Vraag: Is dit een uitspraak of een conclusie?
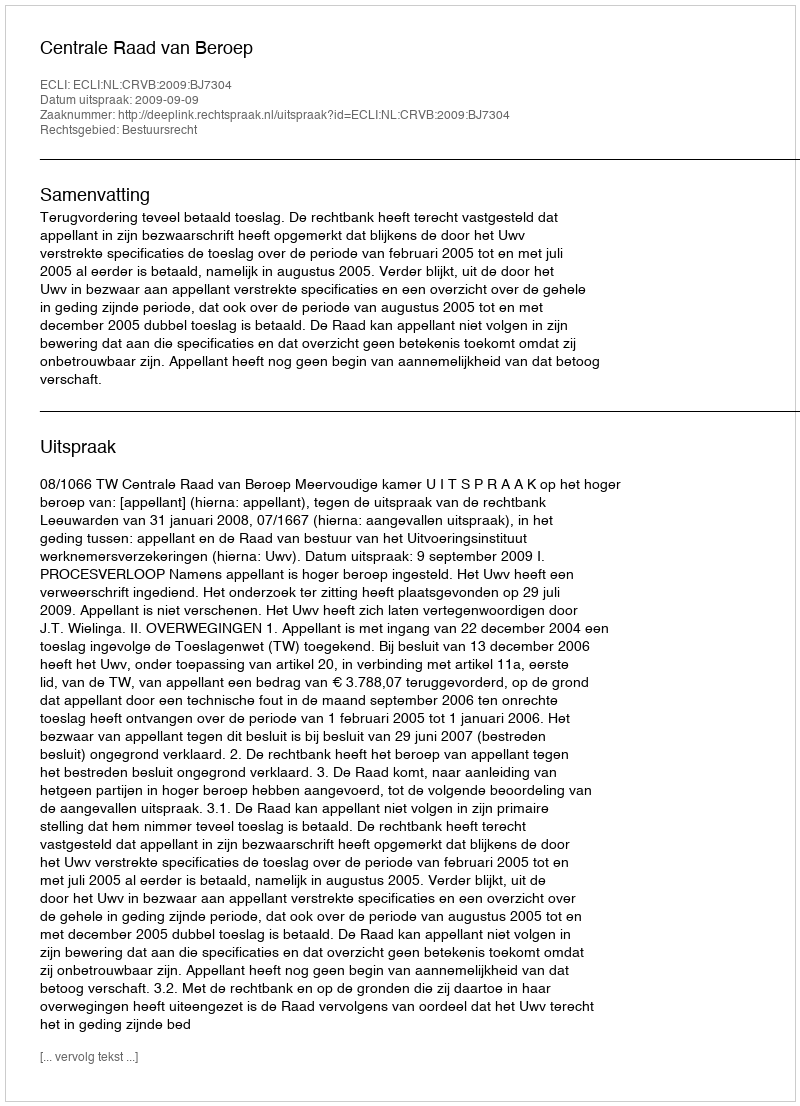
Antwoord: Uitspraak